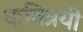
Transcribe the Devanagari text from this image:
कवित्रयी